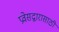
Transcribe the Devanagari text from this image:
प्रवेसद्वारासाठी